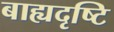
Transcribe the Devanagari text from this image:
बाह्यदृष्टि